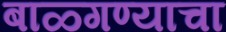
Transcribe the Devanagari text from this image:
बाळ्गण्याचा